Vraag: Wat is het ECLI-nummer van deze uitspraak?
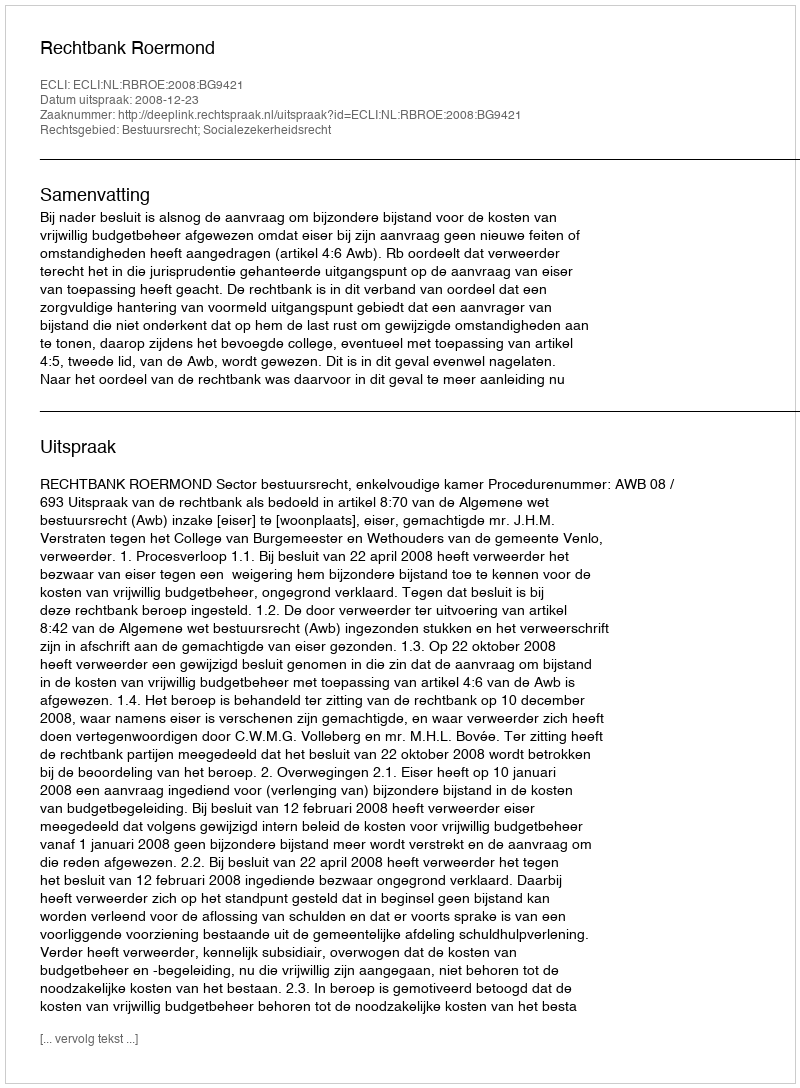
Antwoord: ECLI:NL:RBROE:2008:BG9421